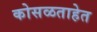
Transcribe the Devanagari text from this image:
कोसळताहेत